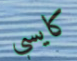
كايسي